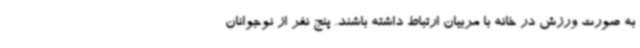
به صورت ورزش در خانه با مربیان ارتباط داشته باشند. پنج نفر از نوجوانان